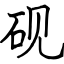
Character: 砚